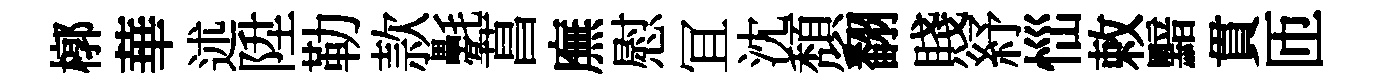
槨華述陞勒款氎菖廡慰冝沈頽翻賤紓𢙉敕黯貫匝